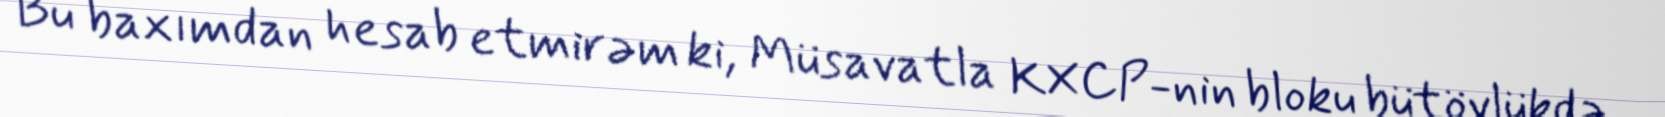
Bu baxımdan hesab etmirəm ki, Müsavatla KXCP-nin bloku bütövlükdə